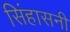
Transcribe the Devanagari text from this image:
सिंहासनी